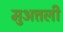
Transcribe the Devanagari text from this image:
मुअत्तली